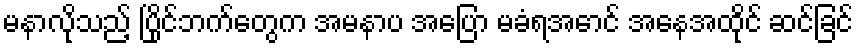
မနာလိုသည့် ပြိုင်ဘက်တွေက အမနာပ အပြော မခံရအောင် အနေအထိုင် ဆင်ခြင်